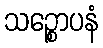
သဉ္စောပနံ